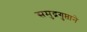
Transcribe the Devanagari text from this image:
समुद्रगुप्ताने